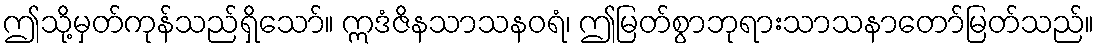
ဤသို့မှတ်ကုန်သည်ရှိသော်။ ဣဒံဇိနသာသနဝရံ၊ ဤမြတ်စွာဘုရားသာသနာတော်မြတ်သည်။